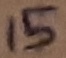
Text: 15